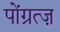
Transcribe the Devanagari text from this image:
पोंग्रत्ज़